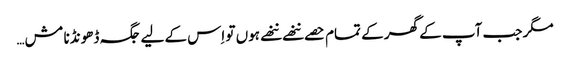
مگر جب آپ کے گھر کے تمام حصے ننھے ننھے ہوں تو اِس کے لیے جگہ ڈھونڈنا مش…